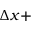
\Delta x +